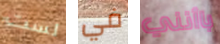
لست في باأنني